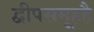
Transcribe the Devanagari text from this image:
द्वीपसमूहहै